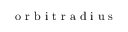
\mathrm { ~ o ~ r ~ b ~ i ~ t ~ r ~ a ~ d ~ i ~ u ~ s ~ }